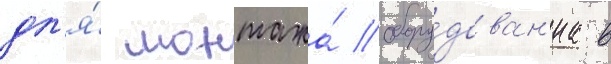
дл'я́ монтажа́ обору́дован'иа в